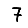
Digit: 7